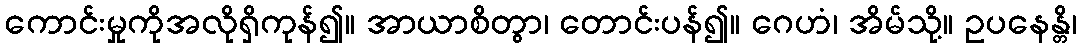
ကောင်းမှုကိုအလိုရှိကုန်၍။ အာယာစိတွာ၊ တောင်းပန်၍။ ဂေဟံ၊ အိမ်သို့။ ဥပနေန္တိ၊